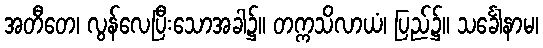
အတီတေ၊ လွန်လေပြီးသောအခါ၌။ တက္ကသိလာယံ၊ ပြည်၌။ သင်္ခေါနာမ၊